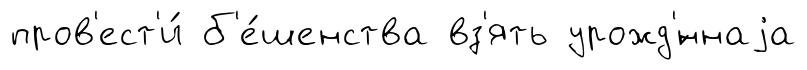
пров'ест'и́ б'е́шенства вз'ять урожд'́ннаjа